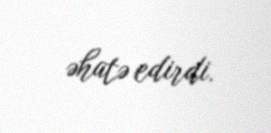
əhatə edirdi.